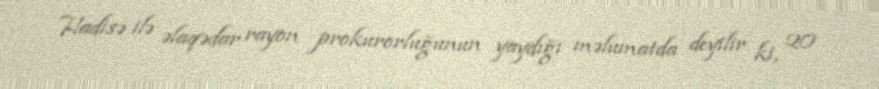
Hadisə ilə əlaqədar rayon prokurorluğunun yaydığı məlumatda deyilir ki, 20